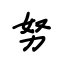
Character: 努